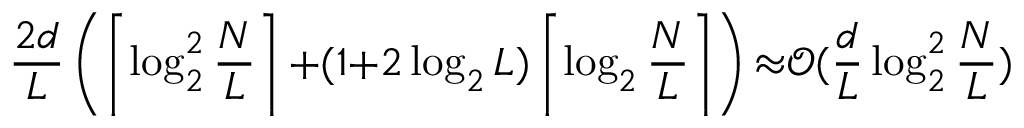
\frac { 2 d } { L } \left( \left\lceil \log _ { 2 } ^ { 2 } \frac { N } { L } \right\rceil { + } ( 1 { + } 2 \log _ { 2 } L ) \left\lceil \log _ { 2 } \frac { N } { L } \right\rceil \right) { \approx } \mathcal { O } ( \frac { d } { L } \log _ { 2 } ^ { 2 } \frac { N } { L } )